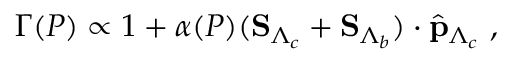
\Gamma ( P ) \propto 1 + \alpha ( P ) ( { \bf S } _ { \Lambda _ { c } } + { \bf S } _ { \Lambda _ { b } } ) \cdot \hat { \bf p } _ { \Lambda _ { c } } ~ ,